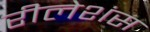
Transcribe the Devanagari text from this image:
रीलेशंस